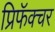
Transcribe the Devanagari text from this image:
प्रिफॅक्चर